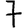
Digit: 7